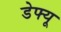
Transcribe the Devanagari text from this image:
डेफ्यू